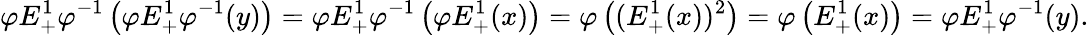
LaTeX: \varphi E_{+}^{1}\varphi^{-1}\left(\varphi E_{+}^{1}\varphi^{-1}(y)\right)=\varphi E_{+}^{1}\varphi^{-1}\left(\varphi E_{+}^{1}(x)\right)=\varphi\left((E_{+}^{1}(x))^{2}\right)=\varphi\left(E_{+}^{1}(x)\right)=\varphi E_{+}^{1}\varphi^{-1}(y).